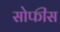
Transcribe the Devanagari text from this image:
सोफीस